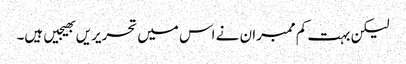
لیکن بہت کم ممبران نے اس میں تحریریں بھیجیں ہیں۔